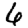
Digit: 6